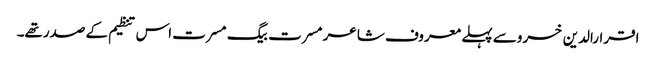
اقرارالدین خسروسے پہلے معروف شاعر مسرت بیگ مسرت اس تنظیم کے صدرتھے۔